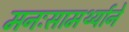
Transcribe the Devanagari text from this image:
मनःसामर्थ्याने